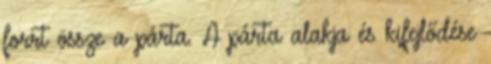
forrt össze a párta. A párta alakja és kifejlődése